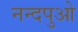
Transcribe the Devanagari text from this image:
नन्दपुओ